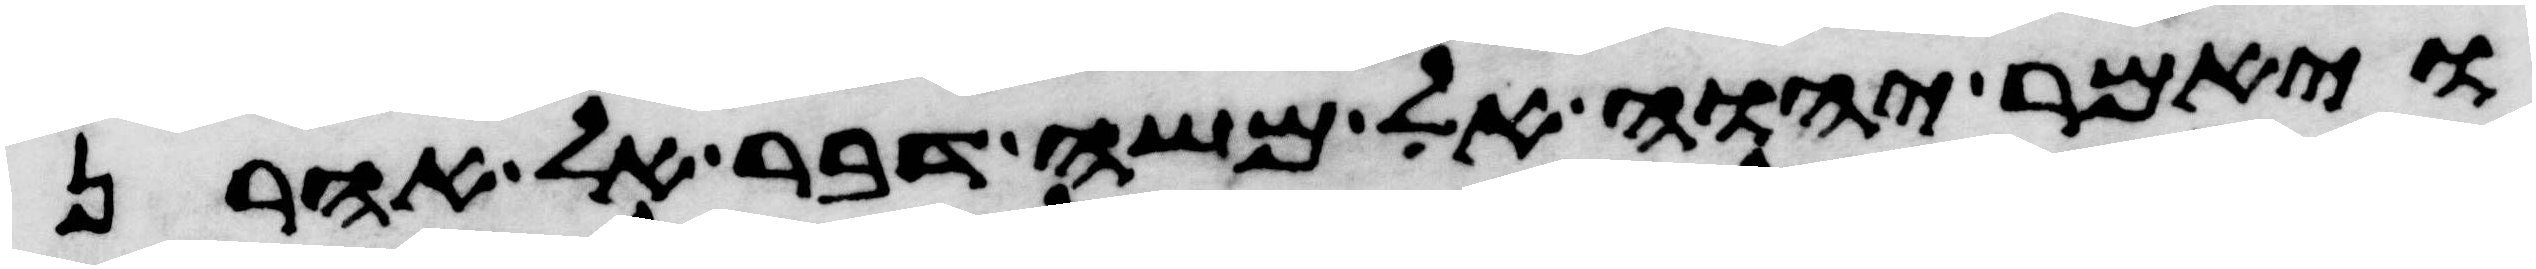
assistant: ויאמר יהוה אל משה דבר אל אהרן